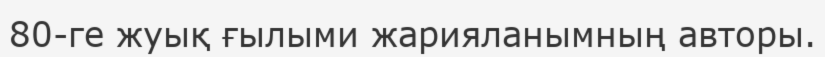
80-ге жуық ғылыми жарияланымның авторы.